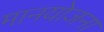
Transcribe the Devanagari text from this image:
मानयोजना